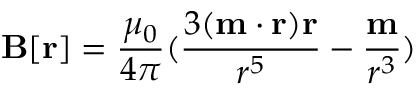
\mathbf { B } [ \mathbf { r } ] = { \frac { \mu _ { 0 } } { 4 \pi } } ( { \frac { 3 ( \mathbf { m } \cdot \mathbf { r } ) \mathbf { r } } { r ^ { 5 } } } - { \frac { \mathbf { m } } { r ^ { 3 } } } )